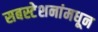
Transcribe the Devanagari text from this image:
सबस्टेशनांमधून